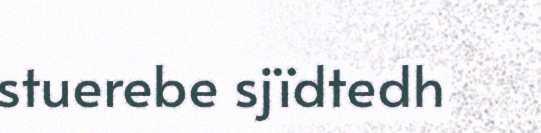
stuerebe sjïdtedh